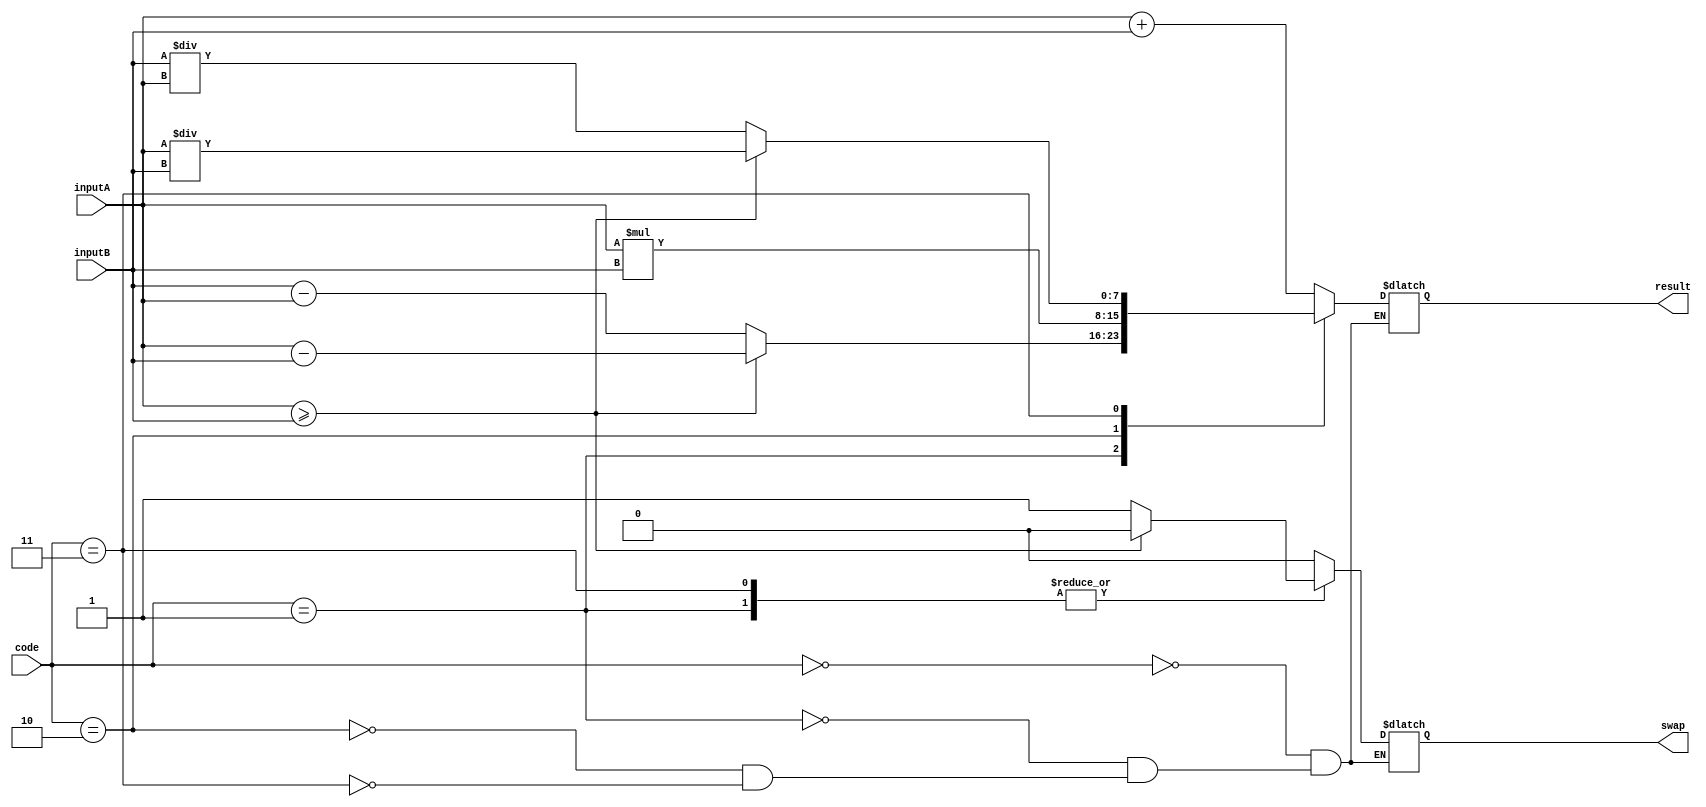
module eightBitALU (inputA, inputB, code, result, swap);
    input [7:0]inputA, inputB;
    input [2:0] code;
    output [7:0] result;
    output swap;
    reg [7:0] result;
    reg swap;
    always @ (inputA, inputB, code) begin
        case(code)
            3'b000 : begin
                        result <= inputA + inputB; 
                        swap <= 0;
                    end
            3'b001 : begin
                if (inputA >= inputB) begin
                    result <= inputA - inputB;
                    swap <= 0;
                end
                else begin
                    swap <= 1;
                    result <= inputB - inputA;
                end
            end
            3'b010 : begin
                result <= inputA * inputB;
                swap <= 0;
            end
            3'b011 : begin
                if (inputA >= inputB) begin
                    result <= inputA / inputB;
                    swap <= 0;
                end
                else begin
                    swap <= 1;
                    result <= inputB / inputA;
                end
            end 
        endcase   
    end
    
endmodule